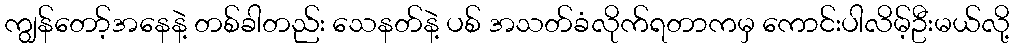
ကျွန်တော့်အနေနဲ့ တစ်ခါတည်း သေနတ်နဲ့ ပစ် အသတ်ခံလိုက်ရတာကမှ ကောင်းပါလိမ့်ဦးမယ်လို့